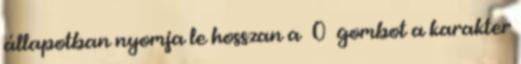
állapotban nyomja le hosszan a 0 gombot a karakter